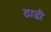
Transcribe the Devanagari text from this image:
ठाढी